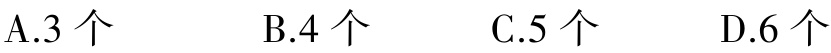
A.3 个 \quad B.4 个 \quad C.5 个 \quad D.6 个